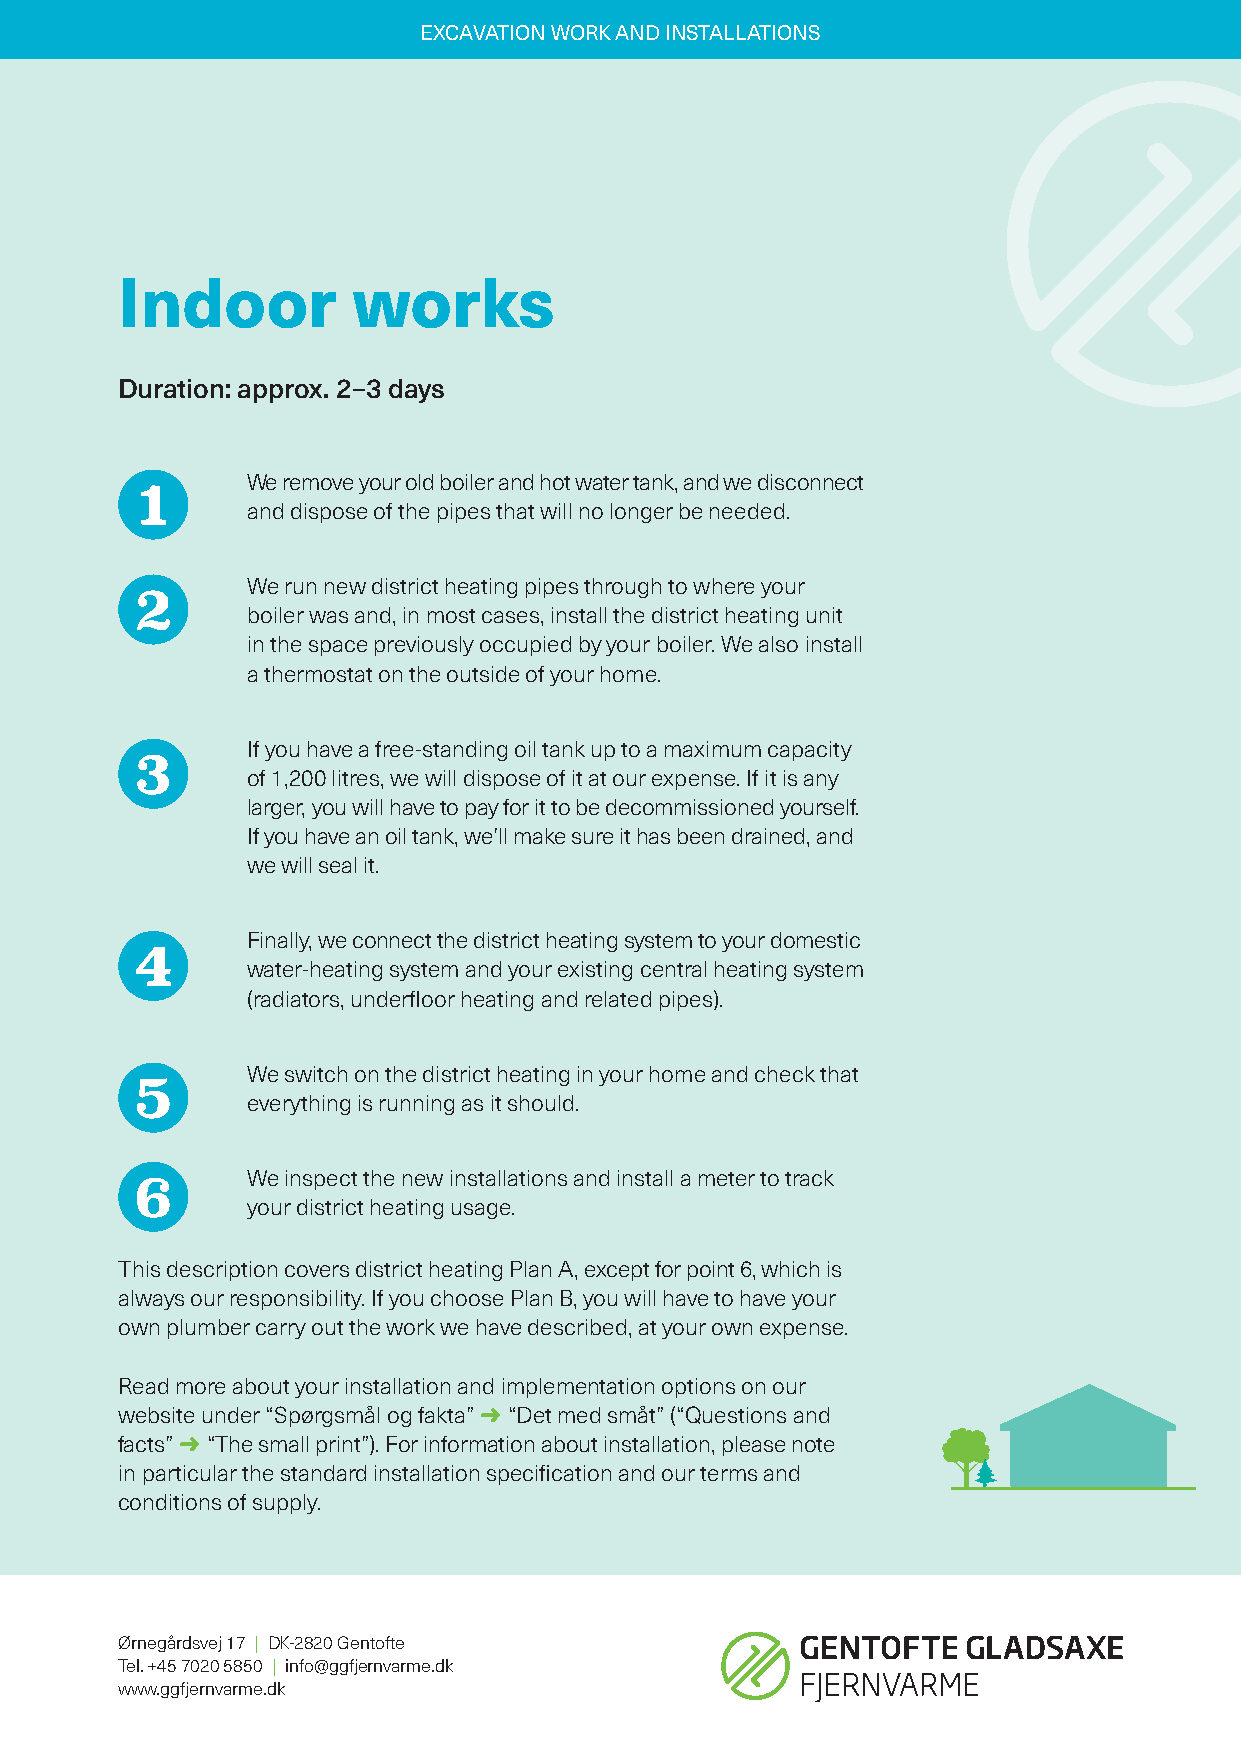
EXCAVATION WORK AND INSTALLATIONS
 Indoor         works
 Duration: approx. 2–3 days
 We remove your old boiler and hot water tank, and we disconnect
 1
 and dispose of the pipes that will no longer be needed.
 We run new district heating pipes through to where your
 2
 boiler was and, in most cases, install the district heating unit
 in the space previously occupied by your boiler. We also install
 a thermostat on the outside of your home.
 If you have a free-standing oil tank up to a maximum capacity
 3      of 1,200 litres, we will dispose of it at our expense. If it is any
 larger, you will have to pay for it to be decommissioned yourself.
 If you have an oil tank, we’ll make sure it has been drained, and
 we will seal it.
 Finally, we connect the district heating system to your domestic
 4      water-heating system and your existing central heating system
 (radiators, underfloor heating and related pipes).
 We switch on the district heating in your home and check that
 5
 everything is running as it should.
 We inspect the new installations and install a meter to track
 6
 your district heating usage.
 This description covers district heating Plan A, except for point 6, which is
 always our responsibility. If you choose Plan B, you will have to have your
 own plumber carry out the work we have described, at your own expense.
 Read more about your installation and implementation options on our
 website under “Spørgsmål og fakta” ➜ “Det med småt” (“Questions and
 facts” ➜ “The small print”). For information about installation, please note
 in particular the standard installation specification and our terms and
 conditions of supply.
 Ørnegårdsvej 17 | DK-2820 Gentofte
 Tel. +45 7020 5850 | info@ggfjernvarme.dk
 www.ggfjernvarme.dk